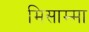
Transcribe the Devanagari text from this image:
मिसाम्मा